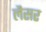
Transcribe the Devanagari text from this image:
लैसर